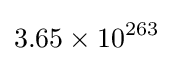
3.65\times 10^{263}